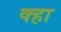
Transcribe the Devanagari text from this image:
क्हा